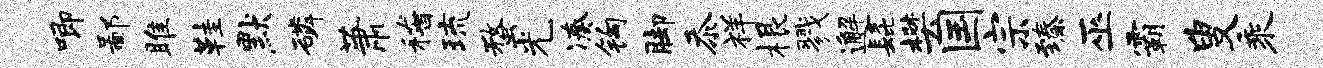
唧鄙雎鞋默磷萧稽琉蝥光凑钩脚忝祥根戮邂髭樊国宗臻巫霸叟乘